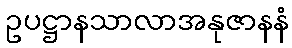
ဥပဋ္ဌာနသာလာအနုဇာနနံ